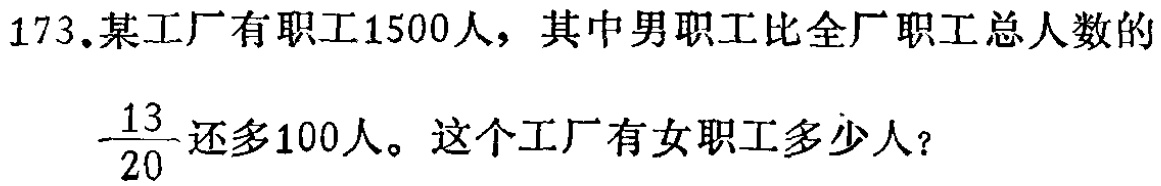
173.某工厂有职工1500人，其中男职工比全厂职工总人数的$\frac{13}{20}$还多100人。这个工厂有女职工多少人？